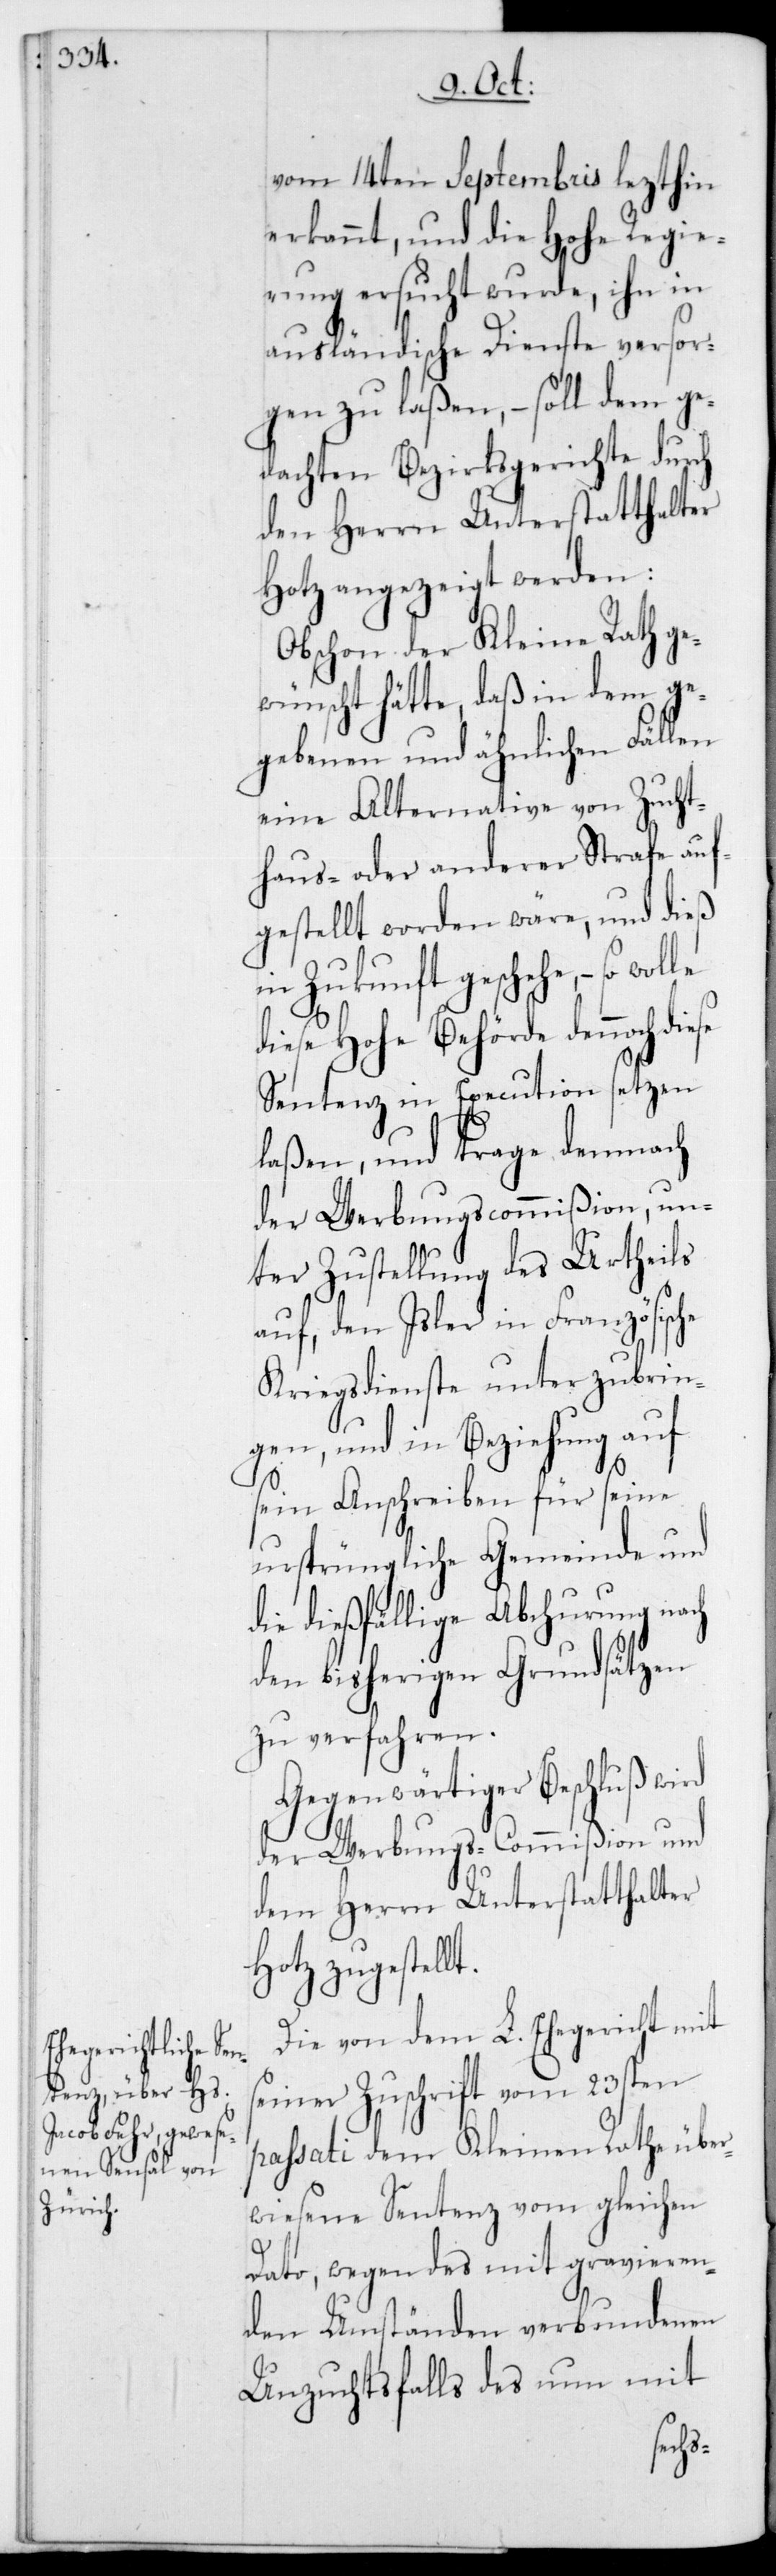
vom 14ten Septembris lezthin
erkannt, und die Hohe Regie¬
rung ersucht wurde, ihn in
ausländische Dienste versor¬
gen zu laßen, – soll dem ge¬
dachten Bezirksgerichte durch
den Herrn Unterstatthalter
Hotz angezeigt werden:
Obschon der Kleine Rath ge¬
wünscht hätte, daß in dem ge¬
gebenen und ähnlichen Fällen
eine alternative von Zucht¬
haus- oder anderer Strafe auf¬
gestellt worden wäre, und dieß
in Zukunft geschehe, – so
diese Hohe Behörde dennoch
Sentenz in Execution setzen
laßen, und trage demnach
der Werbungscommißion, un¬
ter Zustellung des Urtheils
auf, den Isler in Französische
Kriegsdienste unterzubrin¬
gen, und in Beziehung auf
sein Anschreiben für seine
ursprüngliche Gemeinde und
die dießfällige Abchurung nach
den bisherigen Grundsätzen
zu verfahren.
Gegenwärtiger Beschluß wird
der Werbungs-Commißion und
dem Herrn Unterstatthalter
Hotz zugestel¬
Die von dem L. Ehegericht mit
seiner Zuschrift vom 23sten
passati dem Kleinen Rathe über¬
wiesene Sentenz vom gleichen
Dato, wegen des mit gravieren¬
den Umständen verbundenen
Unzuchtsfalls des nun mit
lt.